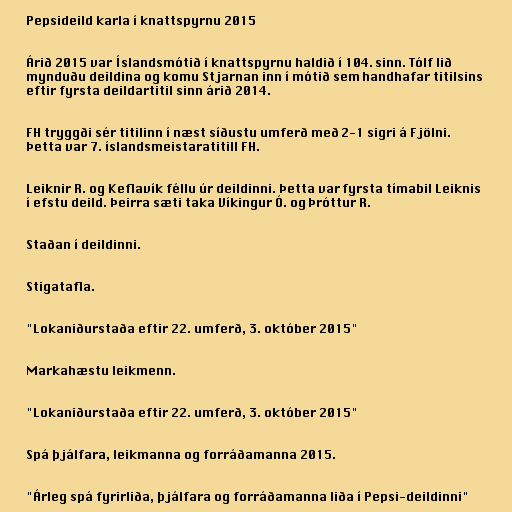
Pepsideild karla í knattspyrnu 2015

Árið 2015 var Íslandsmótið í knattspyrnu haldið í 104. sinn. Tólf lið
mynduðu deildina og komu Stjarnan inn í mótið sem handhafar titilsins
eftir fyrsta deildartitil sinn árið 2014.

FH tryggði sér titilinn í næst síðustu umferð með 2-1 sigri á Fjölni.
Þetta var 7. íslandsmeistaratitill FH.

Leiknir R. og Keflavík féllu úr deildinni. Þetta var fyrsta tímabil Leiknis
í efstu deild. Þeirra sæti taka Víkingur Ó. og Þróttur R.

Staðan í deildinni.

Stigatafla.

"Lokaniðurstaða eftir 22. umferð, 3. október 2015"

Markahæstu leikmenn.

"Lokaniðurstaða eftir 22. umferð, 3. október 2015"

Spá þjálfara, leikmanna og forráðamanna 2015.

"Árleg spá fyrirliða, þjálfara og forráðamanna liða í Pepsi-deildinni"